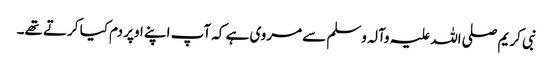
نبی کریم صلی اللہ علیہ وآلہ وسلم سے مروی ہے کہ آپ اپنے اوپر دم کیا کرتے تھے۔